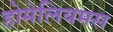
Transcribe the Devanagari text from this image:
होमेलियमस